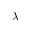
\lambda